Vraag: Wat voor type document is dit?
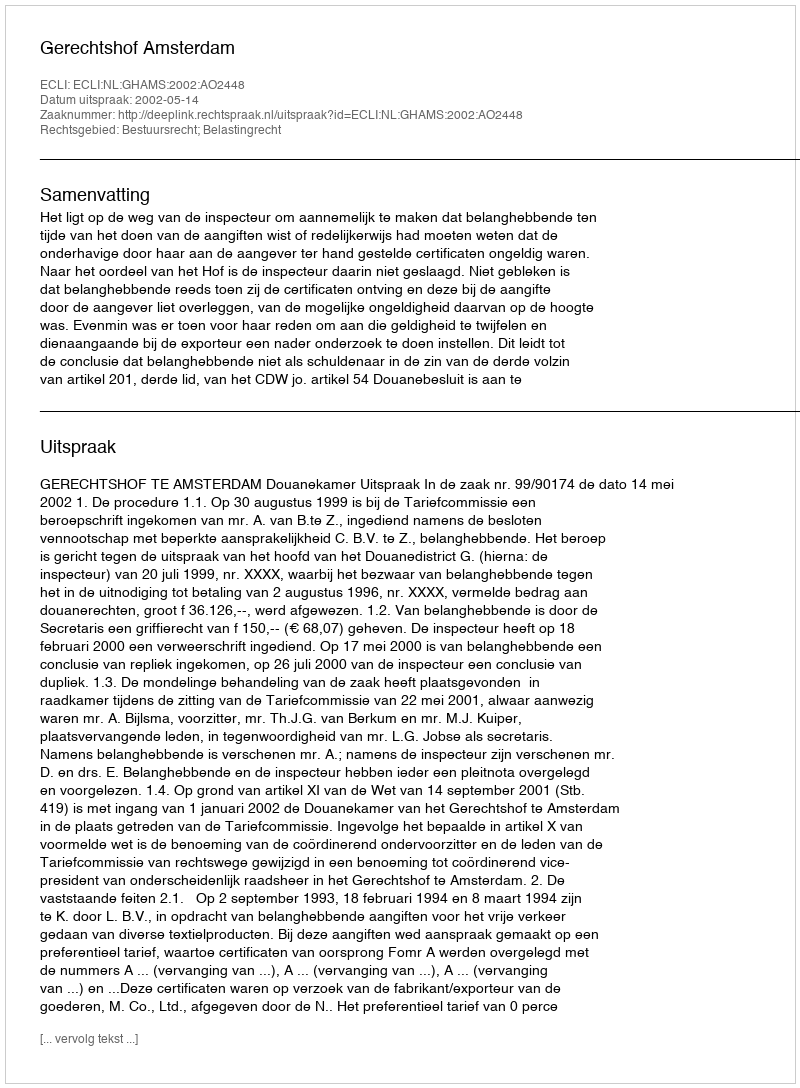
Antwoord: Uitspraak